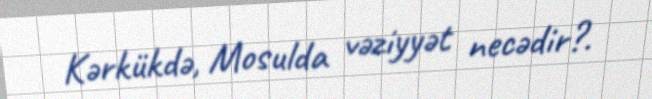
Kərkükdə, Mosulda vəziyyət necədir?.